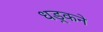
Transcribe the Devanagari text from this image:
धड़्कने